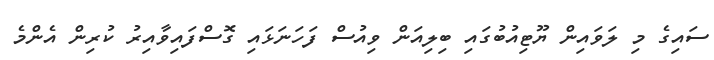
ސައިގެ މި ލަވައިން ޔޫޓިއުބުގައި ބިލިއަން ވިއުސް ފަހަނަޅައި ގޮސްފައިވާއިރު ކުރިން އެންމެ